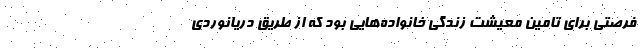
فرصتی برای تامین معیشت زندگی خانواده‌هایی بود که از طریق دریانوردی